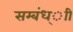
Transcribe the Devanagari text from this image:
सम्बंध्ाी